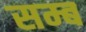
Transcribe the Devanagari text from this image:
सम्ब